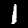
Label: 1